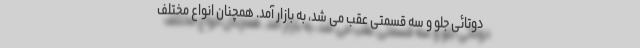
دوتائی جلو و سه قسمتی عقب می شد، به بازار آمد. همچنان انواع مختلف